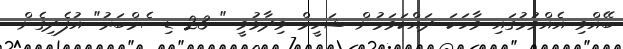
ބޭއްވި އެއްވުމުގައި ވާހަކަ ދައްކަވަމުން ޝަހީމް ވިދާޅުވީ " 23 ޑިސެމްބަރު" އުފެދިގެން